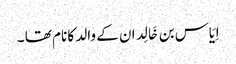
اِیَاس بن خَالِد ان کے والد کا نام تھا ۔